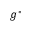
g ^ { * }